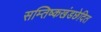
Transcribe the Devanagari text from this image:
सम्तिष्कखंडछेदित